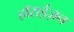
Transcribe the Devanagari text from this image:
हाॅराईज़न